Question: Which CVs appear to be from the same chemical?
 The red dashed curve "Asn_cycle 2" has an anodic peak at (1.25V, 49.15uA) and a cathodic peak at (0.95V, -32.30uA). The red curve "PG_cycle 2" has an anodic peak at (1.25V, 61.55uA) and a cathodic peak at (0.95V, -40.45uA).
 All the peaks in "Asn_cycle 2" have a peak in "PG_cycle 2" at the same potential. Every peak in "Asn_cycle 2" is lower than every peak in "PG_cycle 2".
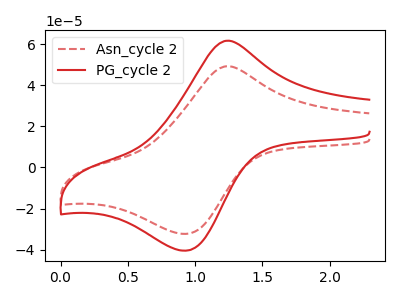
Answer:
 <answer>"Asn_cycle 2" and "PG_cycle 2" have the same shape and are likely CV's of the same chemical.</answer>
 <eval>"Asn_cycle 2" "PG_cycle 2"</eval>